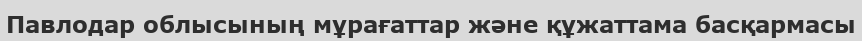
Павлодар облысының мұрағаттар және құжаттама басқармасы